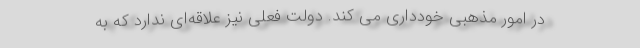
در امور مذهبی خودداری می کند. دولت فعلی نیز علاقه‌ای ندارد که به